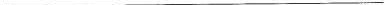
___